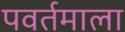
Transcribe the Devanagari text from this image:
पवर्तमाला